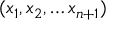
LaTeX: ( x _ { 1 } , x _ { 2 } , \ldots x _ { n + 1 } )